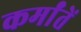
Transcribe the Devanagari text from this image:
कर्मांतें